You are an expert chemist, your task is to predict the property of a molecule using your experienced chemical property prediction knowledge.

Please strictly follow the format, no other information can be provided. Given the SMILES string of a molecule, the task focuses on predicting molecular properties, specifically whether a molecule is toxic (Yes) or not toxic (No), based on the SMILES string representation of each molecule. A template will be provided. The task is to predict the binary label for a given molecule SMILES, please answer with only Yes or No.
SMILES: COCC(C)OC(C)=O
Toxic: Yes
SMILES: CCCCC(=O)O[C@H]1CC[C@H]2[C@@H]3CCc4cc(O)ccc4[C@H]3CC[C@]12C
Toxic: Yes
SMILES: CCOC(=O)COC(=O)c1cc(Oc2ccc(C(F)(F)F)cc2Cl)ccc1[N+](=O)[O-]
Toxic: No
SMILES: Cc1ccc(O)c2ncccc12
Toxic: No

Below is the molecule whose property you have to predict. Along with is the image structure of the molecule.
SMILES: C/C=C1\C(=O)C[C@H]2[C@@H]3CCC4=CC(=O)CC[C@]4(C)[C@H]3CC[C@]12C
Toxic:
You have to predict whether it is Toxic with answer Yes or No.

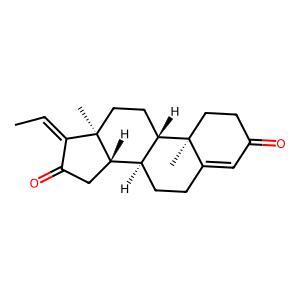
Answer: No